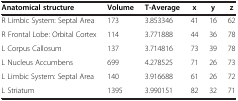
<table><thead><tr><td><b>Anatomical structure</b></td><td><b>Volume</b></td><td><b>T-Average</b></td><td><b>x</b></td><td><b>y</b></td><td><b>z</b></td></tr></thead><tbody><tr><td>R Limbic System: Septal Area</td><td>173</td><td>3.853346</td><td>41</td><td>16</td><td>62</td></tr><tr><td>R Frontal Lobe: Orbital Cortex</td><td>114</td><td>3.771888</td><td>44</td><td>36</td><td>78</td></tr><tr><td>L Corpus Callosum</td><td>137</td><td>3.714816</td><td>73</td><td>39</td><td>78</td></tr><tr><td>L Nucleus Accumbens</td><td>699</td><td>4.278525</td><td>71</td><td>26</td><td>73</td></tr><tr><td>L Limbic System: Septal Area</td><td>140</td><td>3.916688</td><td>61</td><td>26</td><td>72</td></tr><tr><td>L Striatum</td><td>1395</td><td>3.990151</td><td>82</td><td>32</td><td>71</td></tr></tbody></table>